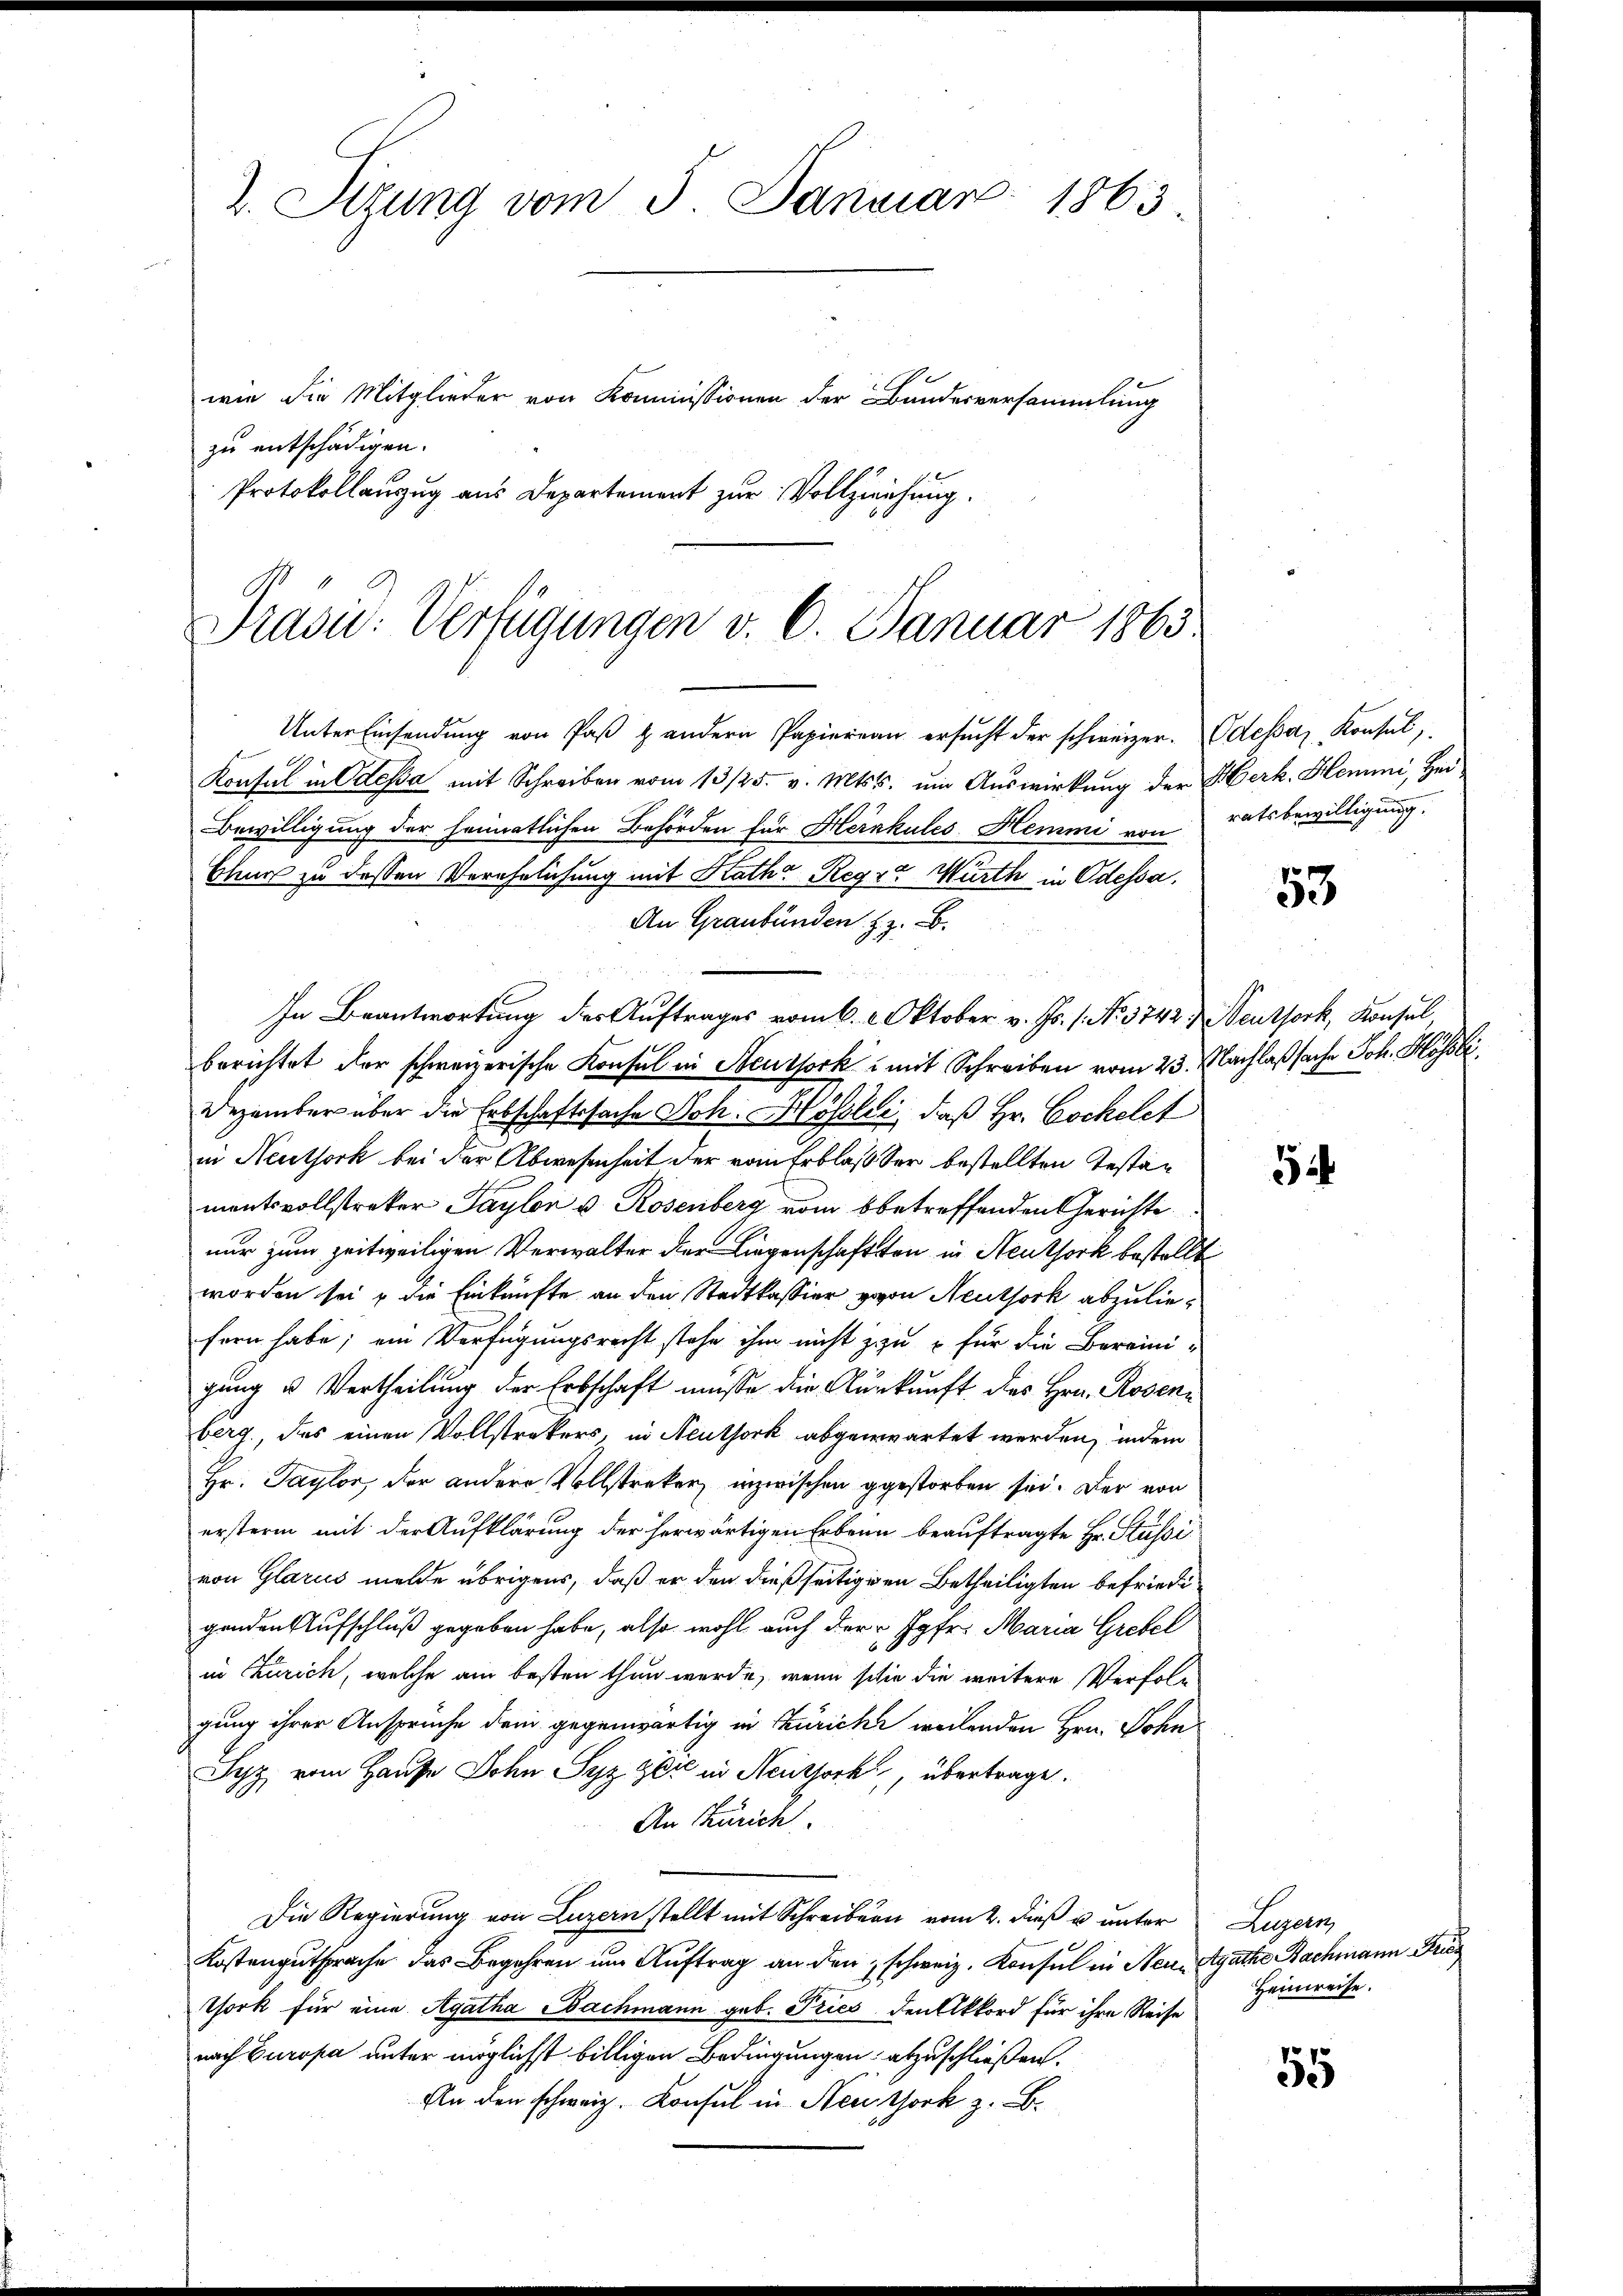
2. Sizung vom 5. Januar 1863
wie die Mitglieder von Kommissionen der Bundesversammlung
zu entschädigen.
Protokollanzug aus Departement zur Vollziehung.

Prasie: Verfügungen v. 6. Januar 1865
Unter Einsendŭng von Paβ u andern Papiereau ersŭcht der schweizer. Odesser Konsul,
Konsul in Odessa mit Schreiben vom 13/25. v. Mts. um Auswirkung der Herk. Hemmni, Hei

Bewilligung der heimatlichen Behörden für Heinkules Hemmi von ratsbewilligung.
In Beantwortung des Auftrages vom 6. 2. Oktober v. Js. 1. No. 3742, Neuthork, Konsul
berichtet der schweizerische Konsul in Steuthork mit Schreiben vom 23. Nachlaßsache Joh. Hösli
Dezember über die Erbschaftssache Joh. Hössler, daß Hr. Cochelet
in Neuthork bei der Abwesenheit der vom Erblasser bestellten Testamentsvollstreker Sayler v. Rosenberg vom bbetreffenden Gerichte
nur zum zeitweiligen Verwalter der Liegenschaftsten in Neuthork bestellt
worden sei & die Einkünfte an den Stadtkassier von Neuthork abzuliefern habe; ein Verfügungsrecht stehe ihm nicht zu für die Bereinigung u Vertheilung der Erbschaft müsse die Auskunft des Hrn. Rosenberg, das einen Vollstrekers, in Neuthork abgenwartet werden, indem
Hr. Paylor, der andere Vollstreker, inzwischen gestorben sei. Der von
ersterm mit der Aufklärung der herwärtigen Erbenn beauftragte Hr. Stüssivon Glarus melde übrigens, daß er den dießseitigigen Betheiligten befriedigenden Aufschluß gegeben habe, also wohl auch der Jgfr. Maria Grebel
in Zürich, welche am besten thun werde, wenn schie die weitere Verfolgung ihrer Anspruche dem gegenwärtig in Zürich weilenden Hrn. Sohn
Scy, vom Hause Sohn Syz zere in Neuthork, übertrage.
An Zürich.
Die Regierung von Luzern stellt mit Schreiben vom 2. dieß u. unter Luzern,
Kostengutsprache das Begehren um Auftrag an den schweiz. Konsul in Neuen Agathe Nachmann Frie
Thork für eine Agatha Bachmann geb. Tries den Akkord für ihre Reise
nach Europa unter möglichst billigen Bedingungen abzuschließen.
An den schweiz. Konsul in Neuthork z. B.

Bleurs zu dessen Verehrlichung mit Katha Regre Würth in Odessa.
An Graubünden z. B.

53

5

55

Heimreise.